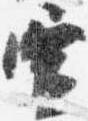
宣